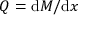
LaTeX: Q = \mathrm { d } M / \mathrm { d } x